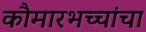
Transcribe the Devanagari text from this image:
कौमारभच्चांचा